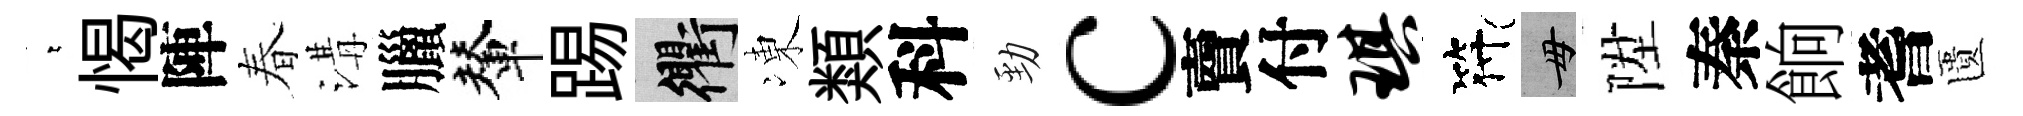
萋愒陣春溝臘輦踢衢凍類科勁c𧶠付琪符毋陞秦餉耆匱